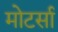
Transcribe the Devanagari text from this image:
मोटर्सा